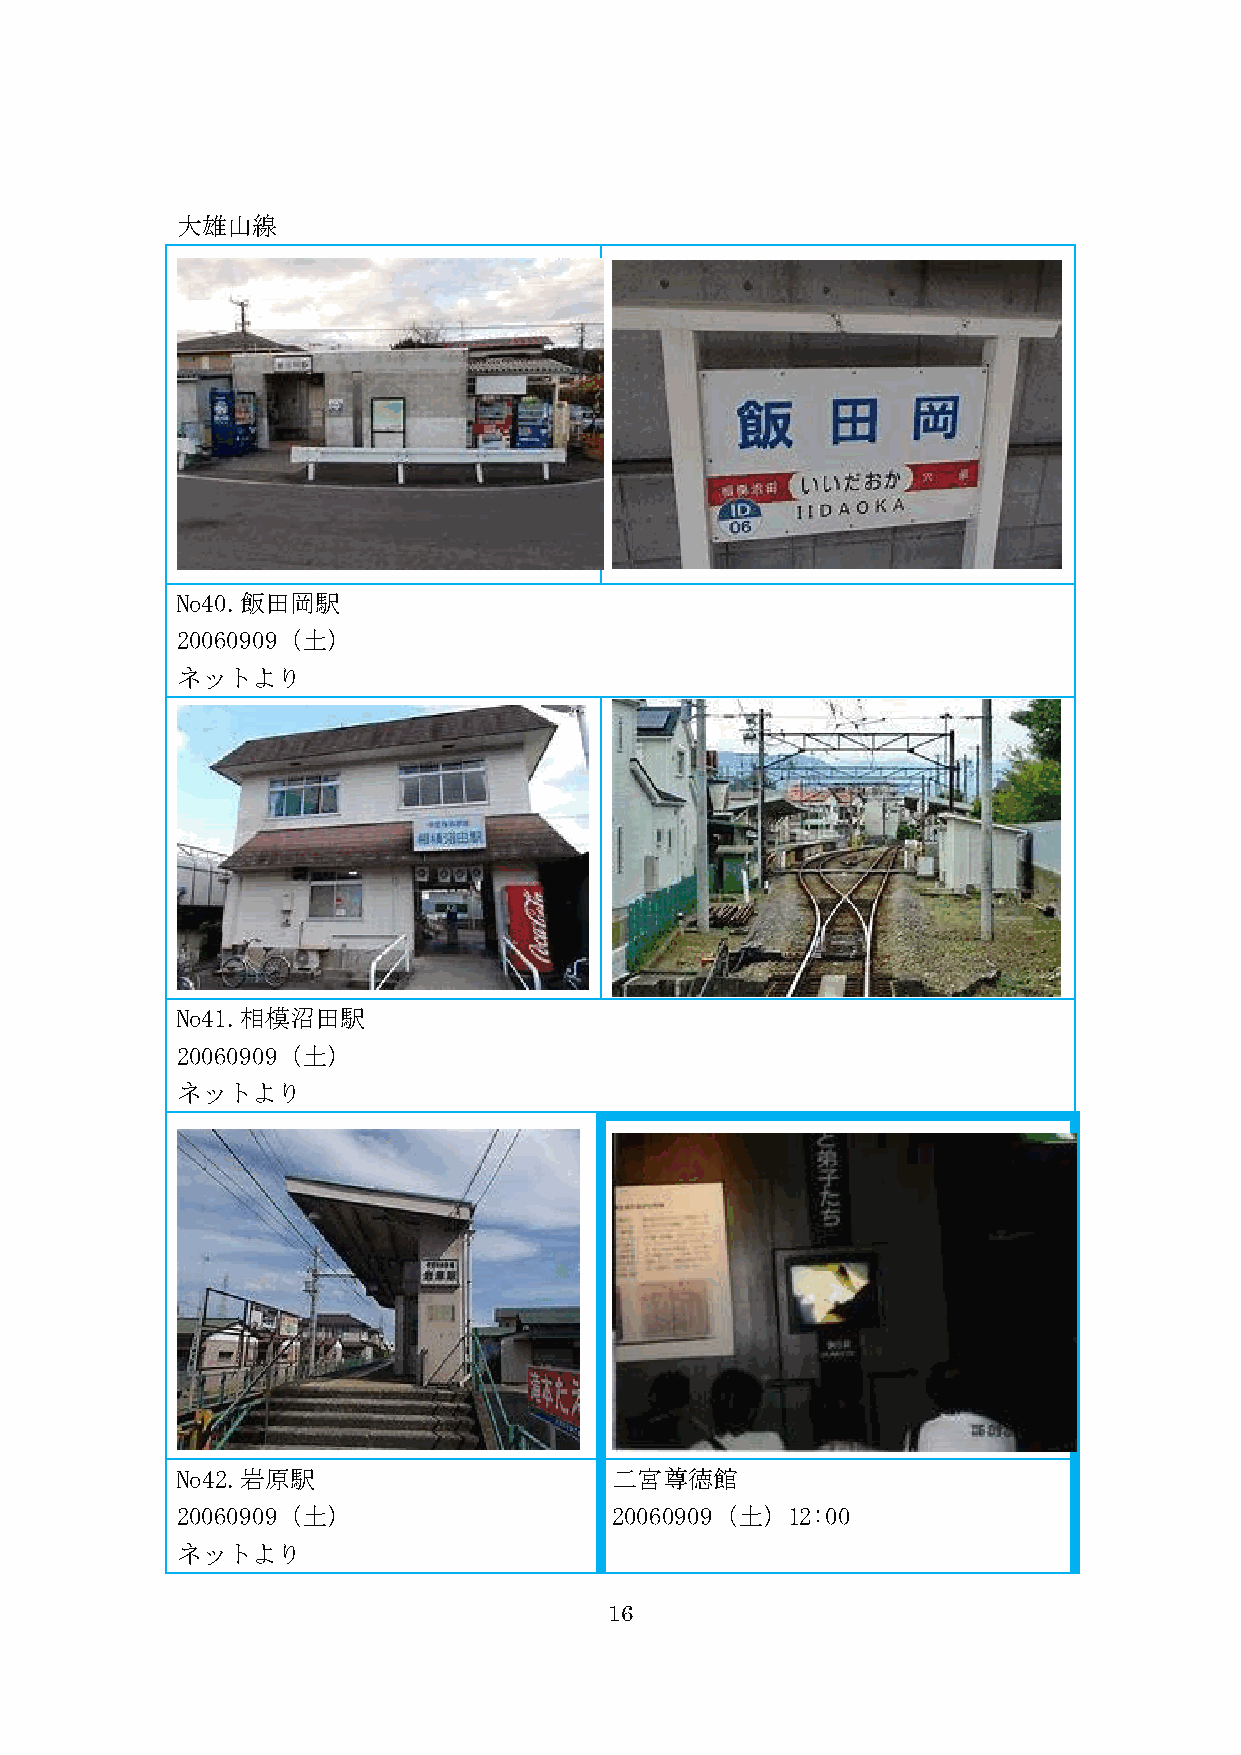
大雄山線
 No40.飯田岡駅
 20060909（土）
 ネットより
 No41.相模沼田駅
 20060909（土）
 ネットより
 No42.岩原駅                     二宮尊徳館
 20060909（土）                  20060909（土）12:00
 ネットより
 16